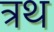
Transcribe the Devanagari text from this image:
त्रथ